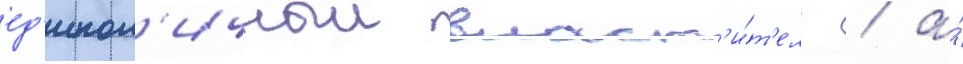
ед'инол'ичныи власт'и́т'ель / а́